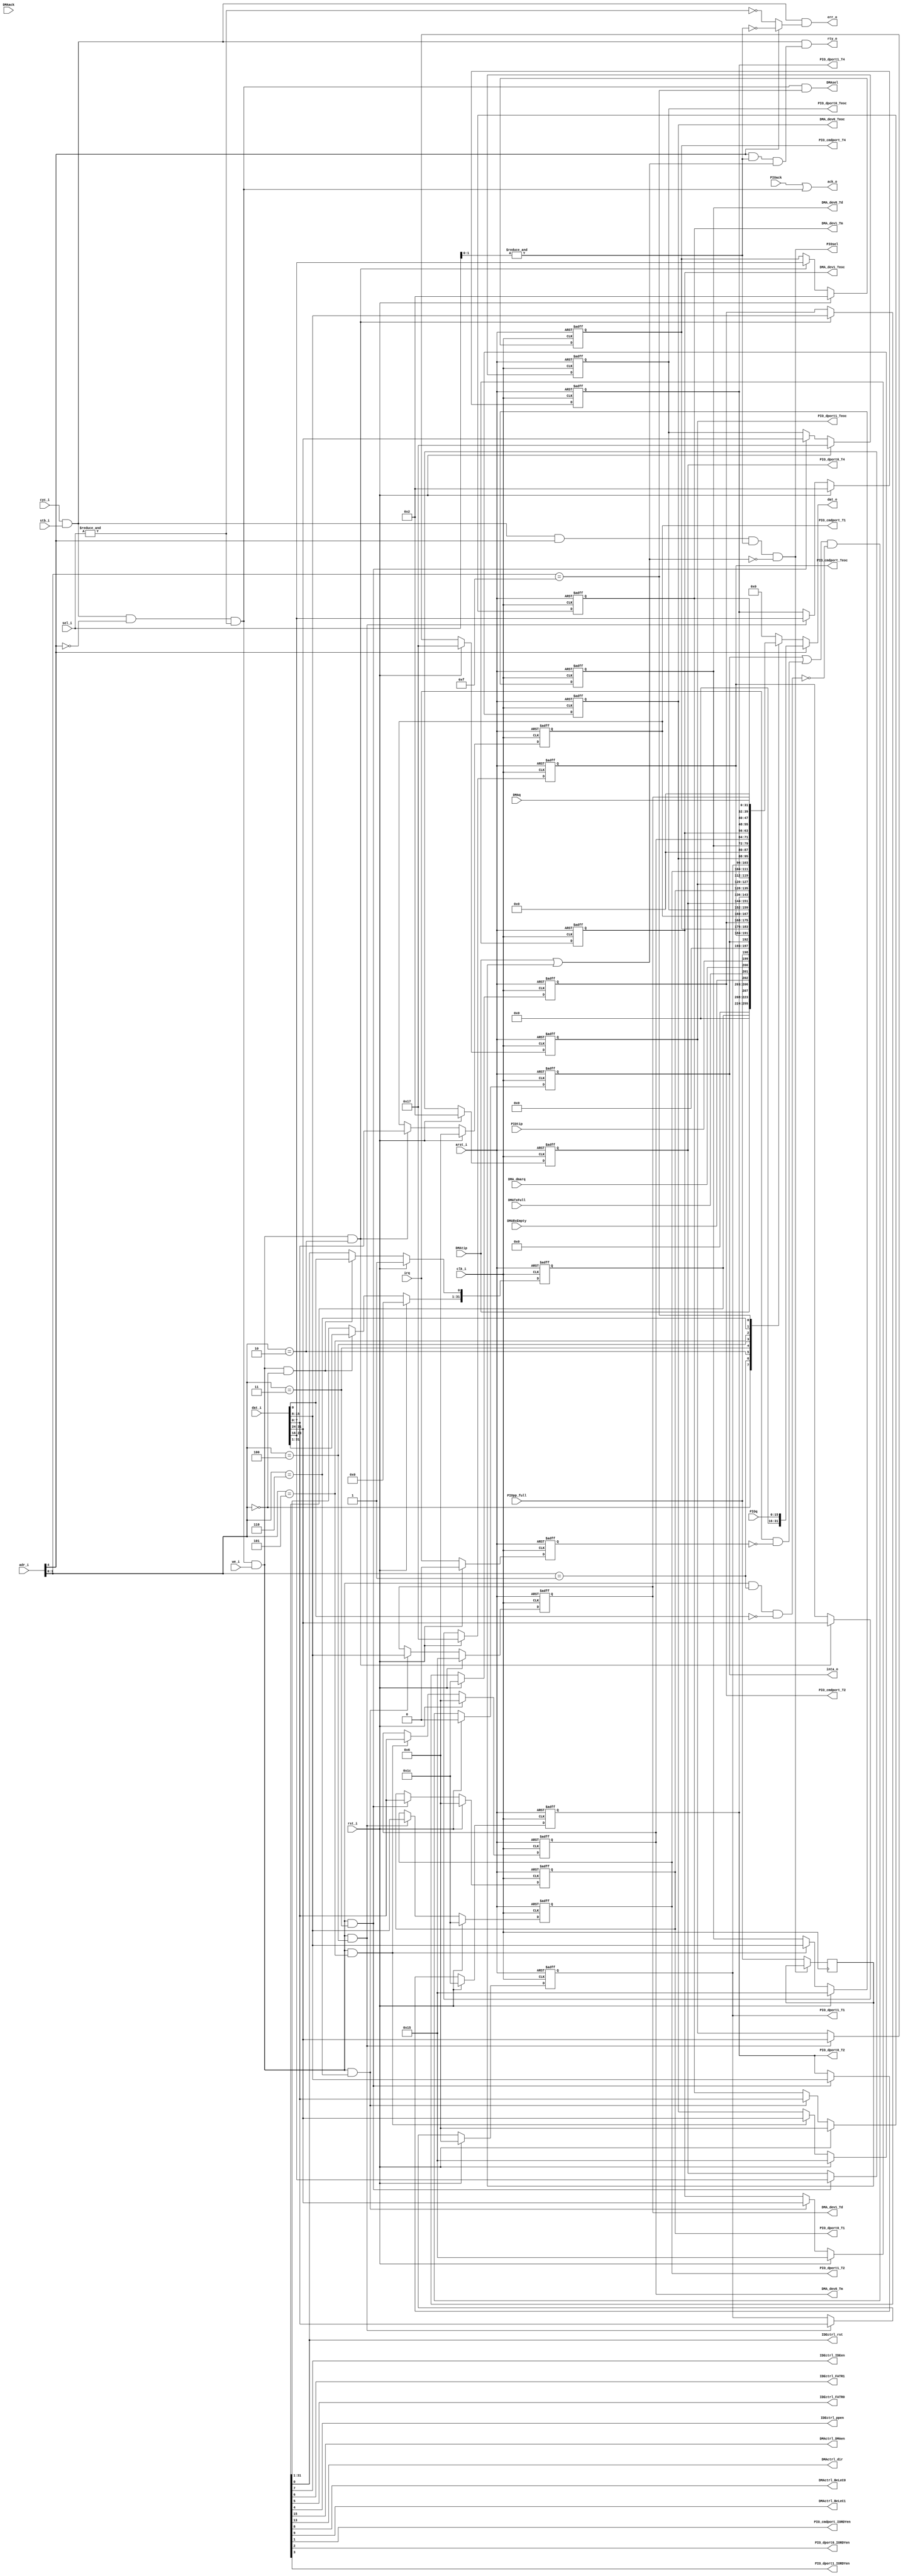
/////////////////////////////////////////////////////////////////////
////                                                             ////
////  OCIDEC-1 ATA/ATAPI-5 Controller                            ////
////  Wishbone Slave interface (common for all OCIDEC cores)     ////
////                                                             ////
////          richard@asics.ws                                   ////
////          www.asics.ws                                       ////
////                                                             ////
/////////////////////////////////////////////////////////////////////
////                                                             ////
//// Copyright (C) 2001, 2002 Richard Herveille                  ////
////                          richard@asics.ws                   ////
////                                                             ////
//// This source file may be used and distributed without        ////
//// restriction provided that this copyright statement is not   ////
//// removed from the file and that any derivative work contains ////
//// the original copyright notice and the associated disclaimer.////
////                                                             ////
////     THIS SOFTWARE IS PROVIDED ``AS IS'' AND WITHOUT ANY     ////
//// EXPRESS OR IMPLIED WARRANTIES, INCLUDING, BUT NOT LIMITED   ////
//// TO, THE IMPLIED WARRANTIES OF MERCHANTABILITY AND FITNESS   ////
//// FOR A PARTICULAR PURPOSE. IN NO EVENT SHALL THE AUTHOR      ////
//// OR CONTRIBUTORS BE LIABLE FOR ANY DIRECT, INDIRECT,         ////
//// INCIDENTAL, SPECIAL, EXEMPLARY, OR CONSEQUENTIAL DAMAGES    ////
//// (INCLUDING, BUT NOT LIMITED TO, PROCUREMENT OF SUBSTITUTE   ////
//// GOODS OR SERVICES; LOSS OF USE, DATA, OR PROFITS; OR        ////
//// BUSINESS INTERRUPTION) HOWEVER CAUSED AND ON ANY THEORY OF  ////
//// LIABILITY, WHETHER IN  CONTRACT, STRICT LIABILITY, OR TORT  ////
//// (INCLUDING NEGLIGENCE OR OTHERWISE) ARISING IN ANY WAY OUT  ////
//// OF THE USE OF THIS SOFTWARE, EVEN IF ADVISED OF THE         ////
//// POSSIBILITY OF SUCH DAMAGE.                                 ////
////                                                             ////
/////////////////////////////////////////////////////////////////////

//
//  CVS Log
//
//  $Id: atahost_wb_slave.v,v 1.1 2002-02-18 14:25:43 rherveille Exp $
//
//  $Date: 2002-02-18 14:25:43 $
//  $Revision: 1.1 $
//  $Author: rherveille $
//  $Locker:  $
//  $State: Exp $
//
// Change History:
//               $Log: not supported by cvs2svn $
//


module atahost_wb_slave (
		clk_i, arst_i, rst_i, cyc_i, stb_i, ack_o, rty_o, err_o, adr_i,	dat_i, dat_o, sel_i, we_i, inta_o,
		PIOsel, PIOtip, PIOack, PIOq, PIOpp_full, irq,
		DMAsel, DMAtip, DMAack, DMARxEmpty, DMATxFull, DMA_dmarq, DMAq,
		IDEctrl_rst, IDEctrl_IDEen, IDEctrl_FATR1, IDEctrl_FATR0, IDEctrl_ppen,
		DMActrl_DMAen, DMActrl_dir, DMActrl_BeLeC0, DMActrl_BeLeC1,
		PIO_cmdport_T1, PIO_cmdport_T2, PIO_cmdport_T4, PIO_cmdport_Teoc, PIO_cmdport_IORDYen,
		PIO_dport0_T1, PIO_dport0_T2, PIO_dport0_T4, PIO_dport0_Teoc, PIO_dport0_IORDYen,
		PIO_dport1_T1, PIO_dport1_T2, PIO_dport1_T4, PIO_dport1_Teoc, PIO_dport1_IORDYen,
		DMA_dev0_Tm, DMA_dev0_Td, DMA_dev0_Teoc, DMA_dev1_Tm, DMA_dev1_Td, DMA_dev1_Teoc
	);

	//
	// Parameters
	//
	parameter DeviceId   = 4'h0;
	parameter RevisionNo = 4'h0;

	// PIO mode 0 settings (@100MHz clock)
	parameter PIO_mode0_T1   =  6;                // 70ns
	parameter PIO_mode0_T2   = 28;                // 290ns
	parameter PIO_mode0_T4   =  2;                // 30ns
	parameter PIO_mode0_Teoc = 23;                // 240ns ==> T0 - T1 - T2 = 600 - 70 - 290 = 240

	// Multiword DMA mode 0 settings (@100MHz clock)
	parameter DMA_mode0_Tm   =  6;                // 50ns
	parameter DMA_mode0_Td   = 21;                // 215ns
	parameter DMA_mode0_Teoc = 21;                // 215ns ==> T0 - Td - Tm = 480 - 50 - 215 = 215

	//
	// inputs & outputs
	//
	
	// WISHBONE SYSCON signals
	input clk_i;                                // master clock in
	input arst_i;                               // asynchronous active low reset
	input rst_i;                                // synchronous active high reset

	// WISHBONE SLAVE signals
	input       cyc_i;                          // valid bus cycle input
	input       stb_i;                          // strobe/core select input
	output      ack_o;                          // strobe acknowledge output
	output      rty_o;                          // retry output
	output      err_o;                          // error output
	input [6:2] adr_i;                          // A6 = '1' ATA devices selected
	                                            //          A5 = '1' CS1- asserted, '0' CS0- asserted
	                                            //          A4..A2 ATA address lines
	                                            // A6 = '0' ATA controller selected
	input  [31:0] dat_i;                        // Databus in
	output [31:0] dat_o;                        // Databus out
	input  [ 3:0] sel_i;                        // Byte select signals
	input         we_i;                         // Write enable input
	output        inta_o;                       // interrupt request signal IDE0

	// PIO control input
	output        PIOsel;
	input         PIOtip;                       // PIO transfer in progress
	input         PIOack;                       // PIO acknowledge signal
	input  [15:0] PIOq;                         // PIO data input
	input         PIOpp_full;                   // PIO write-ping-pong buffers full
	input         irq;                          // interrupt signal input

	// DMA control inputs
	output       DMAsel;
	input        DMAtip;                        // DMA transfer in progress
	input        DMAack;                        // DMA transfer acknowledge
	input        DMARxEmpty;                    // DMA receive buffer empty
	input        DMATxFull;                     // DMA transmit buffer full
	input        DMA_dmarq;                     // wishbone DMA request
	input [31:0] DMAq;

	// outputs
	// control register outputs
	output IDEctrl_rst;
	output IDEctrl_IDEen;
	output IDEctrl_FATR1;
	output IDEctrl_FATR0;
	output IDEctrl_ppen;
	output DMActrl_DMAen;
	output DMActrl_dir;
	output DMActrl_BeLeC0;
	output DMActrl_BeLeC1;

	// CMD port timing registers
	output [7:0] PIO_cmdport_T1,
	             PIO_cmdport_T2,
	             PIO_cmdport_T4,
	             PIO_cmdport_Teoc;
	output       PIO_cmdport_IORDYen;

	reg [7:0] PIO_cmdport_T1,
	          PIO_cmdport_T2,
	          PIO_cmdport_T4,
	          PIO_cmdport_Teoc;

	// data-port0 timing registers
	output [7:0] PIO_dport0_T1,
	             PIO_dport0_T2,
	             PIO_dport0_T4,
	             PIO_dport0_Teoc;
	output       PIO_dport0_IORDYen;

	reg [7:0] PIO_dport0_T1,
	          PIO_dport0_T2,
	          PIO_dport0_T4,
	          PIO_dport0_Teoc;

	// data-port1 timing registers
	output [7:0] PIO_dport1_T1,
	             PIO_dport1_T2,
	             PIO_dport1_T4,
	             PIO_dport1_Teoc;
	output       PIO_dport1_IORDYen;

	reg [7:0] PIO_dport1_T1,
	          PIO_dport1_T2,
	          PIO_dport1_T4,
	          PIO_dport1_Teoc;

	// DMA device0 timing registers
	output [7:0] DMA_dev0_Tm,
	             DMA_dev0_Td,
	             DMA_dev0_Teoc;

	reg [7:0] DMA_dev0_Tm,
	          DMA_dev0_Td,
	          DMA_dev0_Teoc;

	// DMA device1 timing registers
	output [7:0] DMA_dev1_Tm,
	             DMA_dev1_Td,
	             DMA_dev1_Teoc;

	reg [7:0] DMA_dev1_Tm,
	          DMA_dev1_Td,
	          DMA_dev1_Teoc;


	//
	// constants
	//

	// addresses
	`define ATA_DEV_ADR adr_i[6]
	`define ATA_ADR     adr_i[5:2]

	`define ATA_CTRL_REG 4'b0000
	`define ATA_STAT_REG 4'b0001
	`define ATA_PIO_CMD  4'b0010
	`define ATA_PIO_DP0  4'b0011
	`define ATA_PIO_DP1  4'b0100
	`define ATA_DMA_DEV0 4'b0101
	`define ATA_DMA_DEV1 4'b0110
	// reserved //
	`define ATA_DMA_PORT 4'b1111


	//
	// signals
	//

	// registers
	reg  [31:0] CtrlReg; // control register
	wire [31:0] StatReg; // status register

	// store ping-pong-full signal
	reg store_pp_full;


	//
	// generate bus cycle / address decoder
	//
	wire w_acc  = &sel_i[1:0];                        // word access
	wire dw_acc = &sel_i;                             // double word access

	// bus error
	wire berr = `ATA_DEV_ADR ? !w_acc : !dw_acc;

	// PIO accesses at least 16bit wide, no PIO access during DMAtip or pingpong-full
	wire PIOsel = cyc_i & stb_i & `ATA_DEV_ADR & w_acc & !(DMAtip | store_pp_full);

	// CON accesses only 32bit wide
	wire CONsel = cyc_i & stb_i & !(`ATA_DEV_ADR) & dw_acc;
	wire DMAsel = CONsel & (`ATA_ADR == `ATA_DMA_PORT);

	// bus retry (OCIDEC-3 and above)
	// store PIOpp_full, we don't want a PPfull based retry initiated by the current bus-cycle
	always@(posedge clk_i)
		if (!PIOsel)
			store_pp_full <= #1 PIOpp_full;

	wire brty = (`ATA_DEV_ADR & w_acc) & (DMAtip | store_pp_full);

	//
	// generate registers
	//

	// generate register select signals
	wire sel_ctrl        = CONsel & we_i & (`ATA_ADR == `ATA_CTRL_REG);
	wire sel_stat        = CONsel & we_i & (`ATA_ADR == `ATA_STAT_REG);
	wire sel_PIO_cmdport = CONsel & we_i & (`ATA_ADR == `ATA_PIO_CMD);
	wire sel_PIO_dport0  = CONsel & we_i & (`ATA_ADR == `ATA_PIO_DP0);
	wire sel_PIO_dport1  = CONsel & we_i & (`ATA_ADR == `ATA_PIO_DP1);
	wire sel_DMA_dev0    = CONsel & we_i & (`ATA_ADR == `ATA_DMA_DEV0);
	wire sel_DMA_dev1    = CONsel & we_i & (`ATA_ADR == `ATA_DMA_DEV1);
	// reserved 0x1c-0x38
	// reserved 0x3c : DMA-port


	// generate control register
	always@(posedge clk_i or negedge arst_i)
		if (~arst_i)
			begin
				CtrlReg[31:1] <= #1 0;
				CtrlReg[0]    <= #1 1'b1; // set reset bit (ATA-RESETn line)
			end
		else if (rst_i)
			begin
				CtrlReg[31:1] <= #1 0;
				CtrlReg[0]    <= #1 1'b1; // set reset bit (ATA-RESETn line)
			end
		else if (sel_ctrl)
			CtrlReg <= #1 dat_i;

	// assign bits
	assign DMActrl_DMAen        = CtrlReg[15];
	assign DMActrl_dir          = CtrlReg[13];
	assign DMActrl_BeLeC1       = CtrlReg[9];
	assign DMActrl_BeLeC0       = CtrlReg[8];
	assign IDEctrl_IDEen        = CtrlReg[7];
	assign IDEctrl_FATR1        = CtrlReg[6];
	assign IDEctrl_FATR0        = CtrlReg[5];
	assign IDEctrl_ppen         = CtrlReg[4];
	assign PIO_dport1_IORDYen   = CtrlReg[3];
	assign PIO_dport0_IORDYen   = CtrlReg[2];
	assign PIO_cmdport_IORDYen  = CtrlReg[1];
	assign IDEctrl_rst          = CtrlReg[0];


	// generate status register clearable bits
	reg dirq, inti;
	
	always@(posedge clk_i or negedge arst_i)
		if (~arst_i)
			begin
				inti  <= #1 1'b0;
				dirq <= #1 1'b0;
			end
		else if (rst_i)
			begin
				inti  <= #1 1'b0;
				dirq <= #1 1'b0;
			end
		else
			begin
				inti  <= #1 (inti | (irq & !dirq)) & !(sel_stat & !dat_i[0]);
				dirq <= #1 irq;
			end

	// assign status bits
	assign StatReg[31:28] = DeviceId;   // set Device ID
	assign StatReg[27:24] = RevisionNo; // set revision number
	assign StatReg[23:16] = 0;          // reserved
	assign StatReg[15]    = DMAtip;
	assign StatReg[14:11] = 0;
	assign StatReg[10]    = DMARxEmpty;
	assign StatReg[9]     = DMATxFull;
	assign StatReg[8]     = DMA_dmarq;
	assign StatReg[7]     = PIOtip;
	assign StatReg[6]     = PIOpp_full;
	assign StatReg[5:1]   = 0;          // reserved
	assign StatReg[0]     = inti;


	// generate PIO compatible / command-port timing register
	always@(posedge clk_i or negedge arst_i)
		if (~arst_i)
			begin
				PIO_cmdport_T1   <= #1 PIO_mode0_T1;
				PIO_cmdport_T2   <= #1 PIO_mode0_T2;
				PIO_cmdport_T4   <= #1 PIO_mode0_T4;
				PIO_cmdport_Teoc <= #1 PIO_mode0_Teoc;
			end
		else if (rst_i)
			begin
				PIO_cmdport_T1   <= #1 PIO_mode0_T1;
				PIO_cmdport_T2   <= #1 PIO_mode0_T2;
				PIO_cmdport_T4   <= #1 PIO_mode0_T4;
				PIO_cmdport_Teoc <= #1 PIO_mode0_Teoc;
			end
		else if(sel_PIO_cmdport)
			begin
				PIO_cmdport_T1   <= #1 dat_i[ 7: 0];
				PIO_cmdport_T2   <= #1 dat_i[15: 8];
				PIO_cmdport_T4   <= #1 dat_i[23:16];
				PIO_cmdport_Teoc <= #1 dat_i[31:24];
			end

	// generate PIO device0 timing register
	always@(posedge clk_i or negedge arst_i)
		if (~arst_i)
			begin
				PIO_dport0_T1   <= #1 PIO_mode0_T1;
				PIO_dport0_T2   <= #1 PIO_mode0_T2;
				PIO_dport0_T4   <= #1 PIO_mode0_T4;
				PIO_dport0_Teoc <= #1 PIO_mode0_Teoc;
			end
		else if (rst_i)
			begin
				PIO_dport0_T1   <= #1 PIO_mode0_T1;
				PIO_dport0_T2   <= #1 PIO_mode0_T2;
				PIO_dport0_T4   <= #1 PIO_mode0_T4;
				PIO_dport0_Teoc <= #1 PIO_mode0_Teoc;
			end
		else if(sel_PIO_dport0)
			begin
				PIO_dport0_T1   <= #1 dat_i[ 7: 0];
				PIO_dport0_T2   <= #1 dat_i[15: 8];
				PIO_dport0_T4   <= #1 dat_i[23:16];
				PIO_dport0_Teoc <= #1 dat_i[31:24];
			end

	// generate PIO device1 timing register
	always@(posedge clk_i or negedge arst_i)
		if (~arst_i)
			begin
				PIO_dport1_T1   <= #1 PIO_mode0_T1;
				PIO_dport1_T2   <= #1 PIO_mode0_T2;
				PIO_dport1_T4   <= #1 PIO_mode0_T4;
				PIO_dport1_Teoc <= #1 PIO_mode0_Teoc;
			end
		else if (rst_i)
			begin
				PIO_dport1_T1   <= #1 PIO_mode0_T1;
				PIO_dport1_T2   <= #1 PIO_mode0_T2;
				PIO_dport1_T4   <= #1 PIO_mode0_T4;
				PIO_dport1_Teoc <= #1 PIO_mode0_Teoc;
			end
		else if(sel_PIO_dport1)
			begin
				PIO_dport1_T1   <= #1 dat_i[ 7: 0];
				PIO_dport1_T2   <= #1 dat_i[15: 8];
				PIO_dport1_T4   <= #1 dat_i[23:16];
				PIO_dport1_Teoc <= #1 dat_i[31:24];
			end

	// generate DMA device0 timing register
	always@(posedge clk_i or negedge arst_i)
		if (~arst_i)
			begin
				DMA_dev0_Tm   <= #1 DMA_mode0_Tm;
				DMA_dev0_Td   <= #1 DMA_mode0_Td;
				DMA_dev0_Teoc <= #1 DMA_mode0_Teoc;
			end
		else if (rst_i)
			begin
				DMA_dev0_Tm   <= #1 DMA_mode0_Tm;
				DMA_dev0_Td   <= #1 DMA_mode0_Td;
				DMA_dev0_Teoc <= #1 DMA_mode0_Teoc;
			end
		else if(sel_DMA_dev0)
			begin
				DMA_dev0_Tm   <= #1 dat_i[ 7: 0];
				DMA_dev0_Td   <= #1 dat_i[15: 8];
				DMA_dev0_Teoc <= #1 dat_i[31:24];
			end

	// generate DMA device1 timing register
	always@(posedge clk_i or negedge arst_i)
		if (~arst_i)
			begin
				DMA_dev1_Tm   <= #1 DMA_mode0_Tm;
				DMA_dev1_Td   <= #1 DMA_mode0_Td;
				DMA_dev1_Teoc <= #1 DMA_mode0_Teoc;
			end
		else if (rst_i)
			begin
				DMA_dev1_Tm   <= #1 DMA_mode0_Tm;
				DMA_dev1_Td   <= #1 DMA_mode0_Td;
				DMA_dev1_Teoc <= #1 DMA_mode0_Teoc;
			end
		else if(sel_DMA_dev1)
			begin
				DMA_dev1_Tm   <= #1 dat_i[ 7: 0];
				DMA_dev1_Td   <= #1 dat_i[15: 8];
				DMA_dev1_Teoc <= #1 dat_i[31:24];
			end

	//
	// generate WISHBONE interconnect signals
	//
	reg [31:0] Q;

	// generate acknowledge signal
	assign ack_o = PIOack | CONsel; // | DMAack; // since DMAack is derived from CONsel this is OK

	// generate error signal
	assign err_o = cyc_i & stb_i & berr;

	// generate retry signal (for OCIDEC-3 and above only)
	assign rty_o = cyc_i & stb_i & brty;

	// generate interrupt signal
	assign inta_o = StatReg[0];
	
	// generate output multiplexor
	always@(`ATA_ADR or CtrlReg or StatReg or 
			PIO_cmdport_T1 or PIO_cmdport_T2 or PIO_cmdport_T4 or PIO_cmdport_Teoc or
			PIO_dport0_T1 or PIO_dport0_T2 or PIO_dport0_T4 or PIO_dport0_Teoc or
			PIO_dport1_T1 or PIO_dport1_T2 or PIO_dport1_T4 or PIO_dport1_Teoc or
			DMA_dev0_Tm or DMA_dev0_Td or DMA_dev0_Teoc or
			DMA_dev1_Tm or DMA_dev1_Td or DMA_dev1_Teoc or
			DMAq
		)
		case (`ATA_ADR) // synopsis full_case parallel_case
			`ATA_CTRL_REG: Q = CtrlReg;
			`ATA_STAT_REG: Q = StatReg;
			`ATA_PIO_CMD : Q = {PIO_cmdport_Teoc, PIO_cmdport_T4, PIO_cmdport_T2, PIO_cmdport_T1};
			`ATA_PIO_DP0 : Q = {PIO_dport0_Teoc, PIO_dport0_T4, PIO_dport0_T2, PIO_dport0_T1};
			`ATA_PIO_DP1 : Q = {PIO_dport1_Teoc, PIO_dport1_T4, PIO_dport1_T2, PIO_dport1_T1};
			`ATA_DMA_DEV0: Q = {DMA_dev0_Teoc, 8'h0, DMA_dev0_Td, DMA_dev0_Tm};
			`ATA_DMA_DEV1: Q = {DMA_dev1_Teoc, 8'h0, DMA_dev1_Td, DMA_dev1_Tm};
			`ATA_DMA_PORT: Q = DMAq;
			default: Q = 0;
		endcase

	// assign DAT_O output
	assign dat_o = `ATA_DEV_ADR ? {16'h0, PIOq} : Q;

endmodule